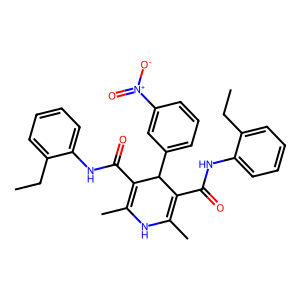
SMILES: CCc1ccccc1NC(=O)C1=C(C)NC(C)=C(C(=O)Nc2ccccc2CC)C1c1cccc([N+](=O)[O-])c1
Inhibits HIV replication: No